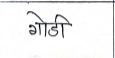
मजकूर: गोडी